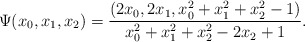
\begin{align*}\Psi(x_0, x_1, x_2) =\frac{(2x_0, 2x_1, x_0^2 + x_1^2 + x_2^2 - 1)}{x_0^2 + x_1^2 + x_2^2 - 2x_2 + 1}.\end{align*}